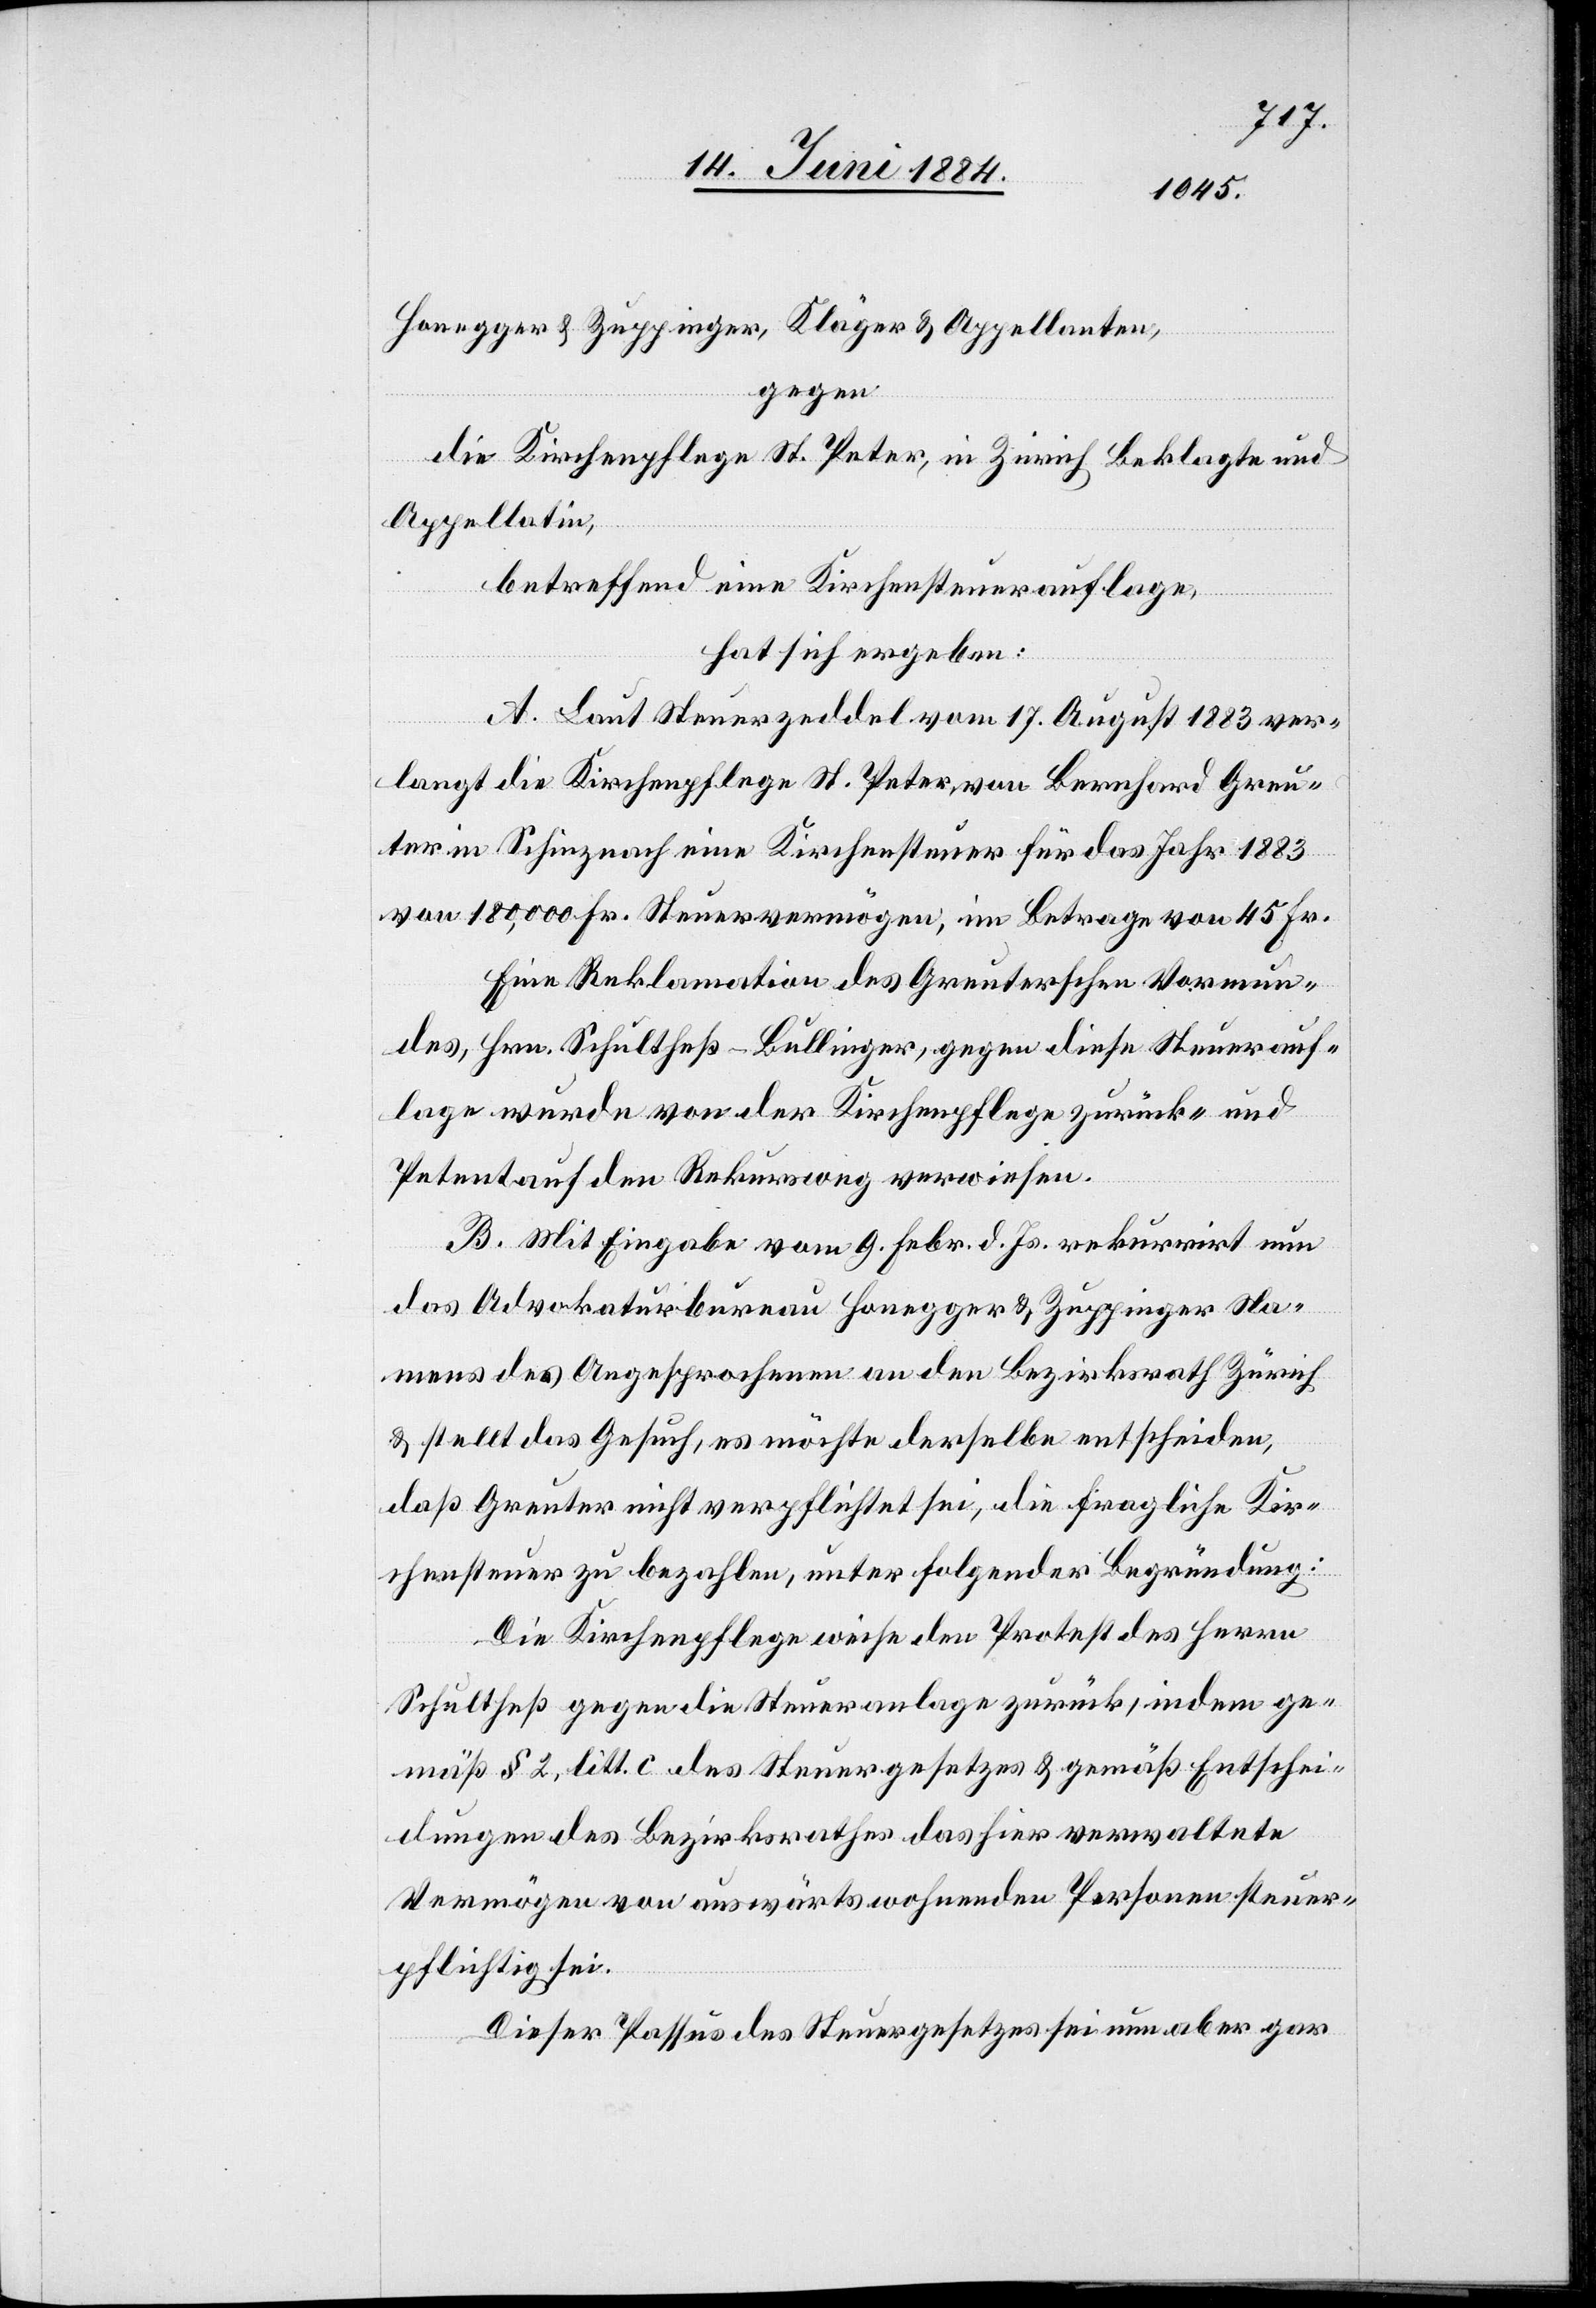
Honegger & Zuppinger, Kläger & Appellanten,
gegen
die Kirchenpflege St. Peter, in Zürich Beklagte und
Appellatin,
betreffend eine Kirchensteuerauflage,
hat sich ergeben:
A. Laut Steuerzeddel vom 17. August 1883 ver¬
langt die Kirchenpflege St. Peter, von Bernhard Greu¬
ter in Schinznach eine Kirchensteuer für das Jahr 1883
von 180,000 Fr. Steuervermögen, im Betrage von 45 Fr.
Eine Reklamation des Greuterschen Vormun¬
des Hrn. Schultheß-Bullinger, gegen diese Steuerauf¬
lage wurde von der Kirchenpflege zurück- und
Petent auf den Rekursweg verwiesen.
B. Mit Eingabe vom 9. Febr. d. Js. rekurrirt nun
das Advokaturbureau Honegger & Zuppinger Na¬
mens des Angesprochenen an den Bezirksrath Zürich
& stellt das Gesuch, es möchte derselbe entscheiden,
daß Greuter nicht verpflichtet sei, die fragliche Kir¬
chensteuer zu bezahlen, unter folgender Begründung:
Die Kirchenpflege weise den Protest des Herrn
Schultheß gegen die Steueranlage zurück, indem ge¬
mäß § 2, litt. c. des Steuergesetzes & gemäß Entschei¬
dungen des Bezirksrathes das hier verwaltete
Vermögen von auswärts wohnenden Personen steuer¬
pflichtig sei.
Dieser Passus des Steuergesetzes sei nun aber gar